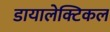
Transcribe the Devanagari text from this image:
डायालेक्टिकल